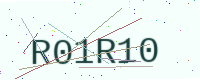
Text: R01R10